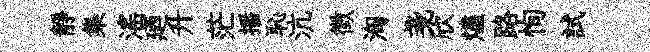
靜集滛廼升茫播恥沆徵洶戔欣燼路恂試